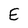
Character: E